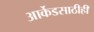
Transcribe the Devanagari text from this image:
आर्केडसाठीही